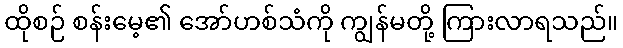
ထိုစဉ် စန်းမေ့၏ အော်ဟစ်သံကို ကျွန်မတို့ ကြားလာရသည်။